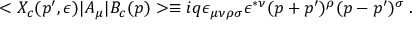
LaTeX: < X _ { c } ( p ^ { \prime } , \epsilon ) \vert A _ { \mu } \vert B _ { c } ( p ) > \equiv i q \epsilon _ { \mu \nu \rho \sigma } \epsilon ^ { * \nu } ( p + p ^ { \prime } ) ^ { \rho } ( p - p ^ { \prime } ) ^ { \sigma } \; .